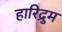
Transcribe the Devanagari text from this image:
हारिद्रुम